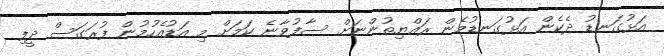
އަޅުގަނޑު ދެކެން އަޅުގަނޑުމެން ރައްޔިތުންނަށް ސާފުވާނެ ކަމަށް މި އަޑުއެހުމުން ފުރަގަސް ދީފި